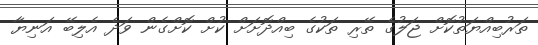
ތަރުބިއްޔަތުކޮށް ޖަލުގެ ތޭރި ތަކުގެ ބިއްދޮށަށް ކުށް ކޮށްގެން ވަދެ އެލިބޭ އަނިޔާ